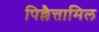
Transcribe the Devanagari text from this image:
पिल्लैत्तामिल